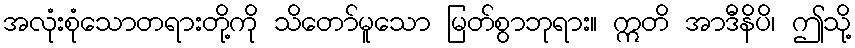
အလုံးစုံသောတရားတို့ကို သိတော်မူသော မြတ်စွာဘုရား။ ဣတိ အာဒီနိပိ၊ ဤသို့